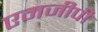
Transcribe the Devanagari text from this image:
एमजीपी